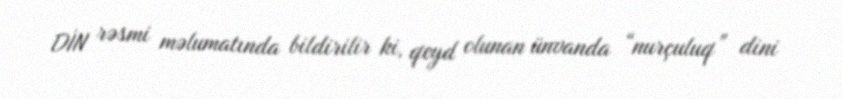
DİN rəsmi məlumatında bildirilir ki, qeyd olunan ünvanda “nurçuluq” dini